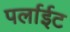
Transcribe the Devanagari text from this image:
पर्लाईट